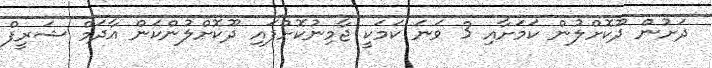
ދަށުން ދޫކޮށްލުން ކަމަށާއި 3 ވަނަ ކަމަކީ ޖާމިނުކޮށްފައި ދޫކޮށްލުންކަން އާދަމް ޝަރީފް